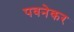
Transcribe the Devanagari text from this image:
पवनेकर